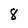
Character: 8